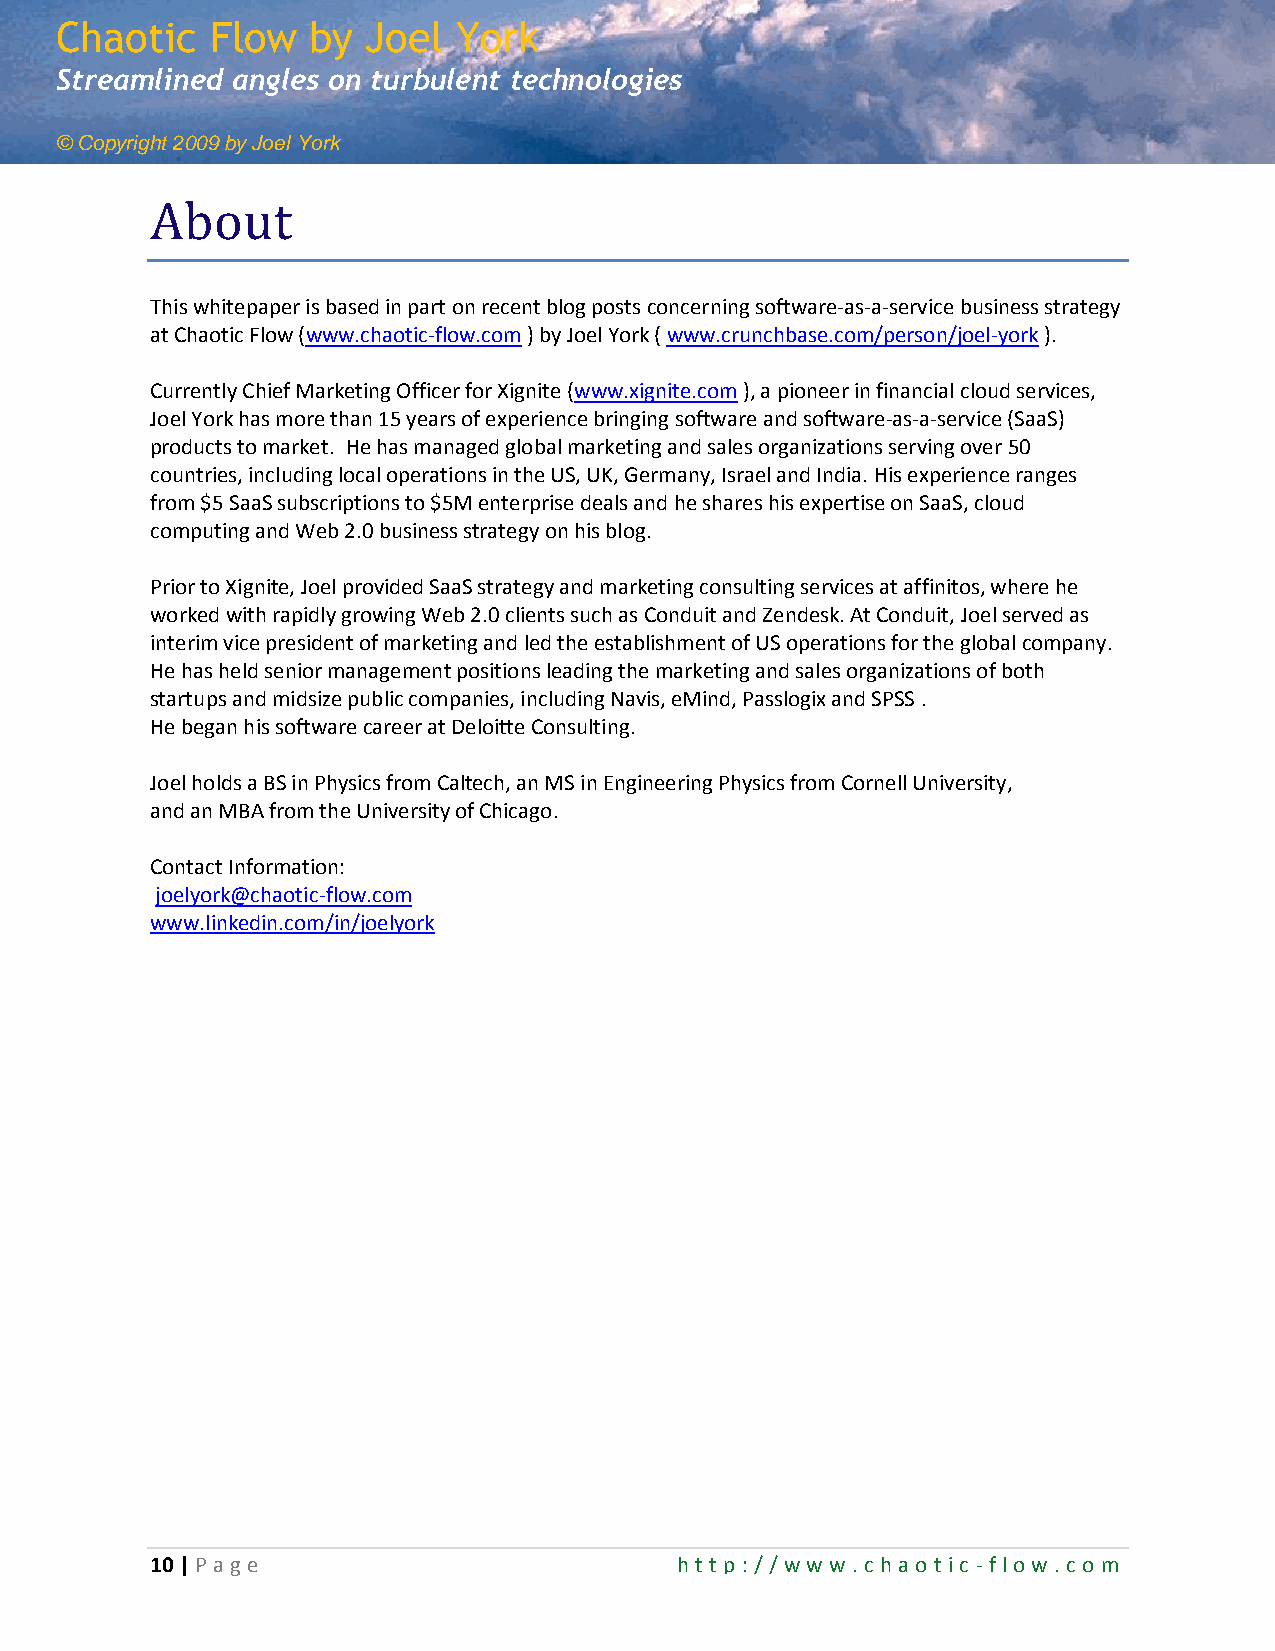
Chaotic   Flow   by Joel  York
 Streamlined angles on turbulent technologies
 © Copyright 2009 by Joel York
 About
 This whitepaper is based in part on recent blog posts concerning software-as-a-service business strategy
 at Chaotic Flow (www.chaotic-flow.com ) by Joel York ( www.crunchbase.com/person/joel-york ).
 Currently Chief Marketing Officer for Xignite (www.xignite.com ), a pioneer in financial cloud services,
 Joel York has more than 15 years of experience bringing software and software-as-a-service (SaaS)
 products to market. He has managed global marketing and sales organizations serving over 50
 countries, including local operations in the US, UK, Germany, Israel and India. His experience ranges
 from $5 SaaS subscriptions to $5M enterprise deals and he shares his expertise on SaaS, cloud
 computing and Web 2.0 business strategy on his blog.
 Prior to Xignite, Joel provided SaaS strategy and marketing consulting services at affinitos, where he
 worked with rapidly growing Web 2.0 clients such as Conduit and Zendesk. At Conduit, Joel served as
 interim vice president of marketing and led the establishment of US operations for the global company.
 He has held senior management positions leading the marketing and sales organizations of both
 startups and midsize public companies, including Navis, eMind, Passlogix and SPSS .
 He began his software career at Deloitte Consulting.
 Joel holds a BS in Physics from Caltech, an MS in Engineering Physics from Cornell University,
 and an MBA from the University of Chicago.
 Contact Information:
 joelyork@chaotic-flow.com
 www.linkedin.com/in/joelyork
 10 | P age                         ht t p: // ww w .c hao t ic -flo w .com